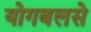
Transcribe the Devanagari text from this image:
योगबलसे